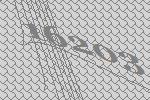
16203